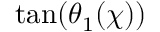
\tan ( \theta _ { 1 } ( \chi ) )